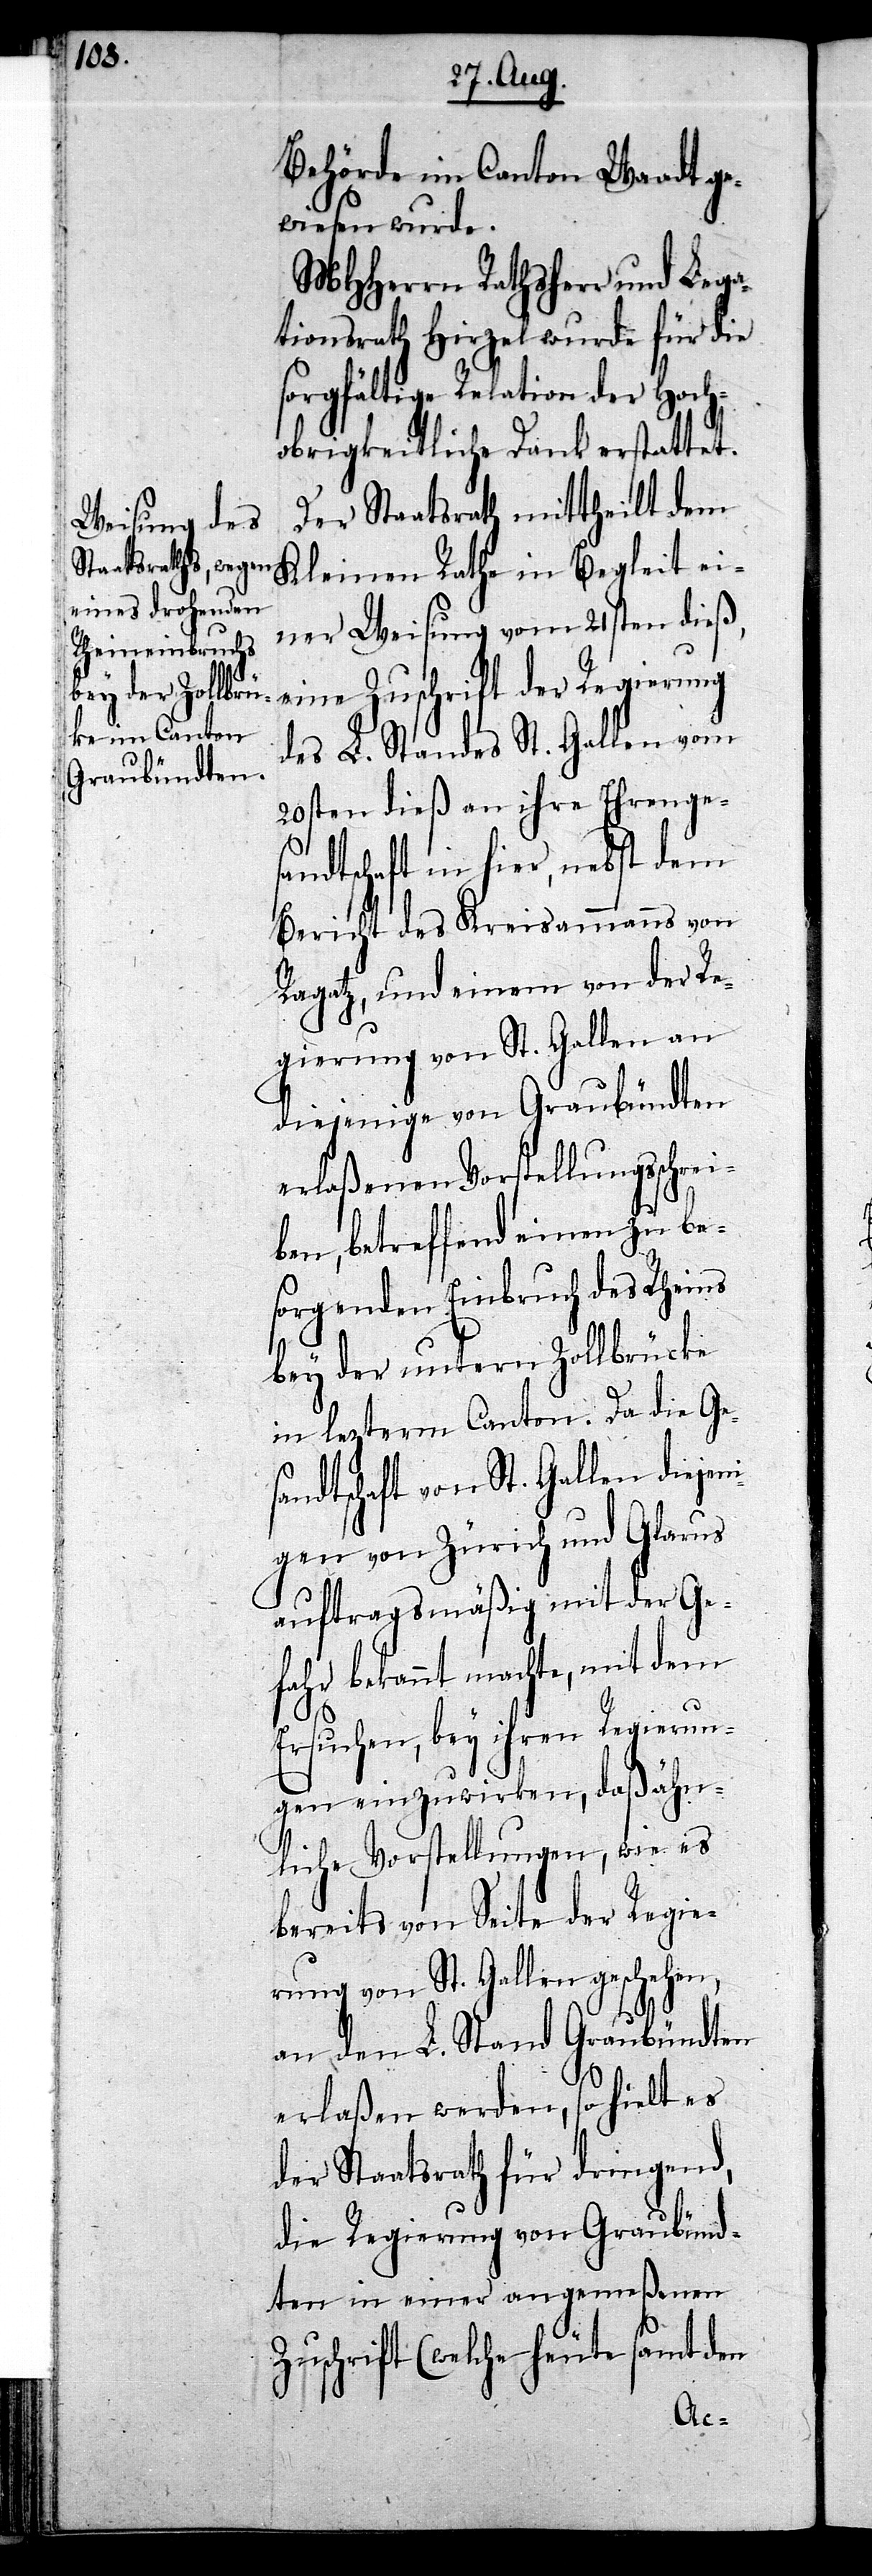
Behörde im Canton Waadt ge¬
wiesen wurde.
MHHerrn Rathsherr und Lega¬
tionsrath Hirzel wurde für die
sorgfältige Relation der Hoch¬
obrigkeitliche Dank erstattet.
Der Staatsrath mittheilt dem
Kleinen Rathe in Begleit ei¬
ner Weisung vom 21sten dieß,
eine Zuschrift der Regierung
des L. Standes St. Gallen vom
20sten dieß an ihre Ehrenge¬
sandtschaft in hier, nebst dem
Bericht des Kreisammanns von
Ragatz, und einem von der Re¬
gierung von St. Gallen an
diejenige von Graubündten
erlaßenen Vorstellungsschrei¬
ben, betreffend einen zu be¬
sorgenden Einbruch des Rheins
bey der untern Zollbrücke
in lezterm Canton. Da die Ge¬
ndtschaft von St. Gallen diejen¬
igen von Zürich und Glarus
auftragsmäßig mit der Ge¬
fahr bekannt machte, mit dem
Ersuchen, bey ihren Regierun¬
gen einzuwirken, daß ähn¬
liche Vorstellungen, wie es
bereits von Seite der Regie¬
rung von St. Gallen geschehen,
an den L. Stand Graubündten
erlaßen werden, so hielt es
der Staatsrath für dringend,
die Regierung von Graubünd¬
ten in einer angemeßenen
Zuschrift (welche heute samt den
sa¬